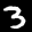
Label: 3